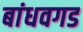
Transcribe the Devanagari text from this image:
बांधवगड